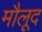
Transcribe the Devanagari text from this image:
मौलूद